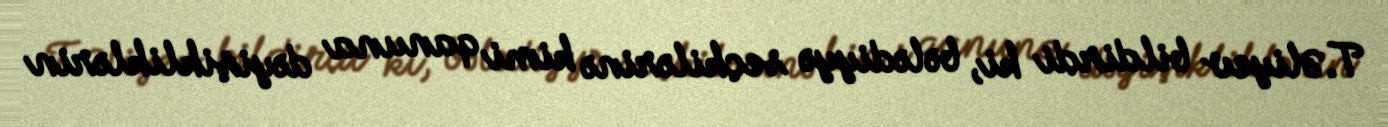
T.Əliyev bildirdi ki, bələdiyyə seçkilərinə kimi qanuna dəyişikliklərin